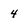
Character: 4